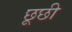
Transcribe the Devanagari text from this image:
छूछी